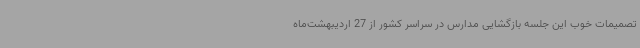
تصمیمات خوب این جلسه بازگشایی مدارس در سراسر کشور از 27 اردیبهشت‌ماه